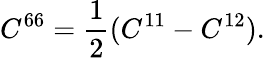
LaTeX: C^{66}=\frac 12(C^{11}-C^{12}).